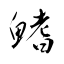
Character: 鰭